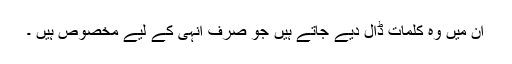
ان میں وہ کلمات ڈال دیے جاتے ہیں جو صرف انہی کے لیے مخصوص ہیں ۔